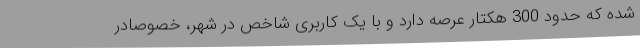
شده که حدود 300 هکتار عرصه دارد و با یک کاربری شاخص در شهر، خصوصادر